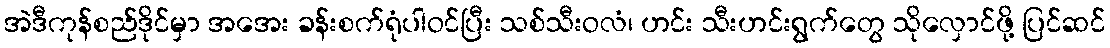
အဲဒီကုန်စည်ဒိုင်မှာ အအေး ခန်းစက်ရုံပါဝင်ပြီး သစ်သီးဝလံ၊ ဟင်း သီးဟင်းရွက်တွေ သိုလှောင်ဖို့ ပြင်ဆင်